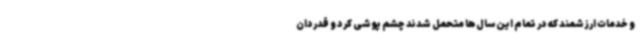
و خدمات ارزشمند که در تمام این سال‌ها متحمل شدند چشم پوشی کرد و قدردان